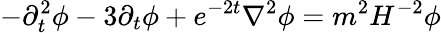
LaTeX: -{\partial}_{t}^{2}\phi-3{\partial}_{t}\phi+e^{-2t}\nabla^{2}\phi=m^{2}H^{-2}\phi